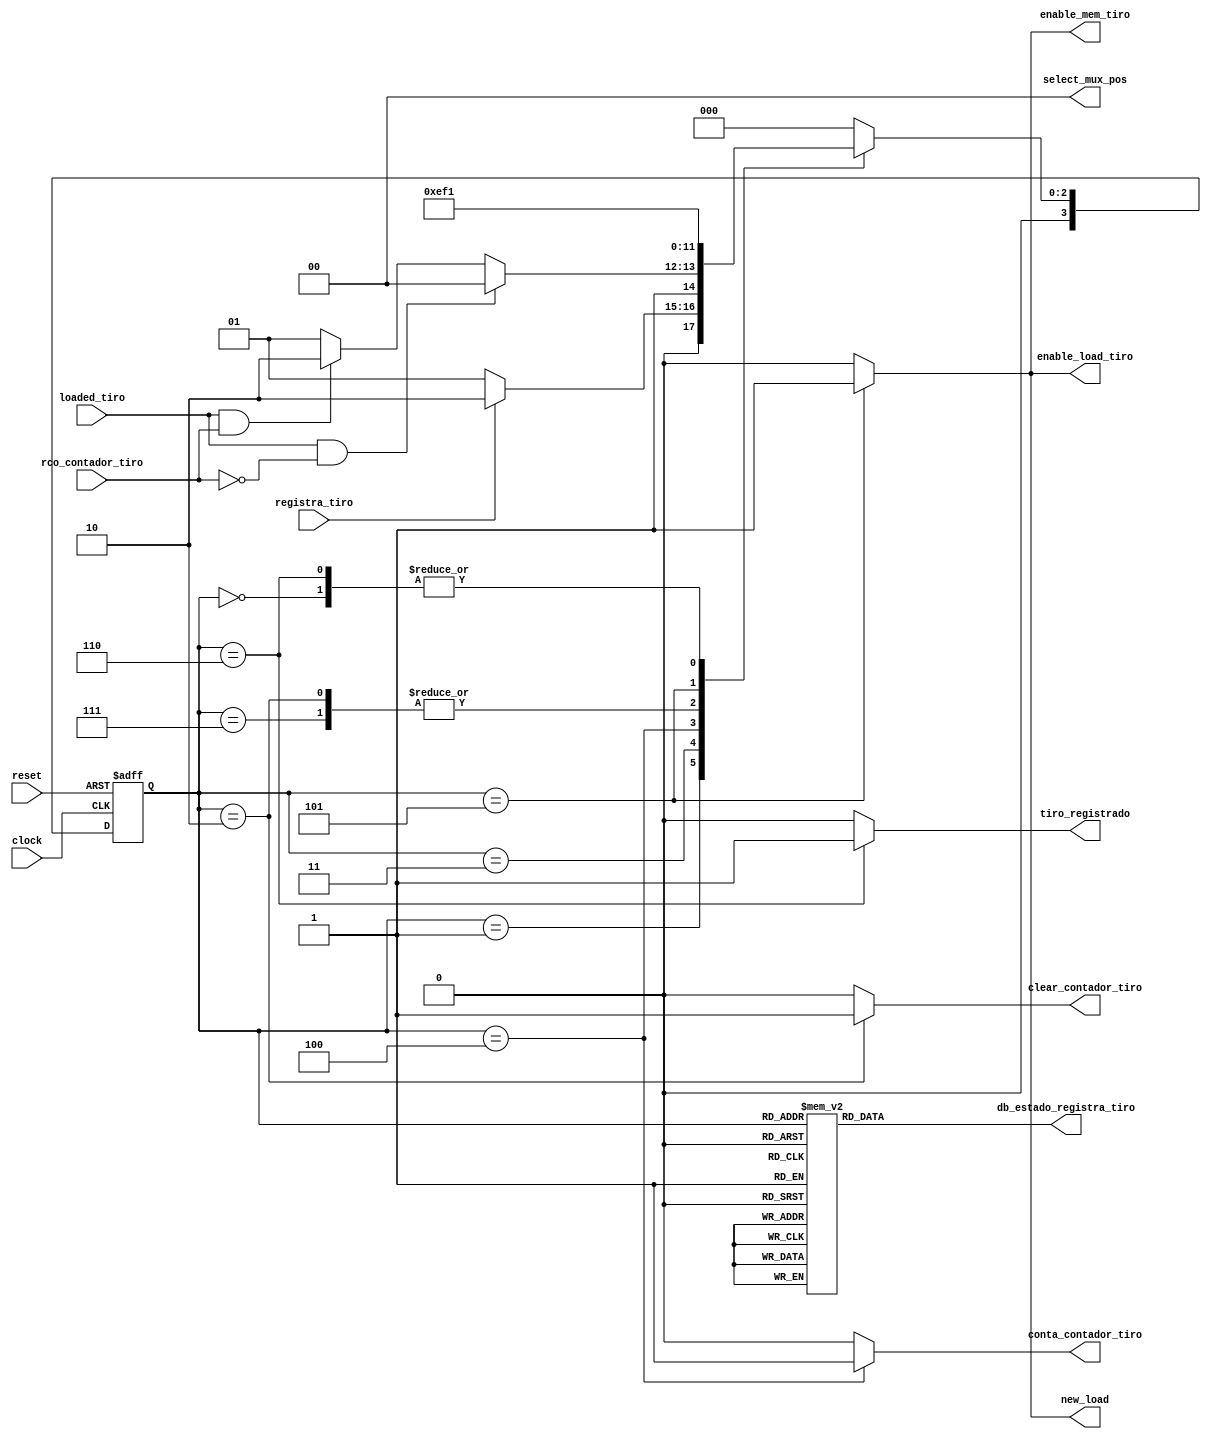
/*
* Arquivo: uc_registra_tiro.v
* Descrico: UC para registrar realizado pelo jogador. Essa unidade de controle percorre a memoria de 
* tiros e verifica se cada tiro est sendo renderizado, caso o tiro no esteja renderizado,  realizado 
* o salvamento do tiro. Caso o tiro esteja renderizado,  realizado o incremento do contador de tiros.
*/
module uc_registra_tiro (
        /*input*/
        input clock                    ,
        input registra_tiro            , 
        input reset                    ,
        input loaded_tiro              ,
        input rco_contador_tiro        ,
        /*output*/
        output reg enable_mem_tiro     , 
        output reg enable_load_tiro    , 
        output reg new_load            ,
        output reg clear_contador_tiro  , 
        output reg conta_contador_tiro  ,
        output reg [1:0] select_mux_pos , 
        output reg tiro_registrado      , 
        output reg [3:0] db_estado_registra_tiro
);

        /* declarao dos estados dessa UC */
        parameter inicial                  = 4'b0000; // 0
        parameter espera                   = 4'b0001; // 1
        parameter zera_contador            = 4'b0010; // 2
        parameter verifica                 = 4'b0011; // 3
        parameter incrementa_contador_tiro = 4'b0100; // 4
        parameter salva_tiro               = 4'b0101; // 5
        parameter sinaliza                 = 4'b0110; // 6
        parameter aux                      = 4'b0111; // 7 - estado auxiliar para compensar o atraso da leitura da memoria
        parameter erro                     = 4'b1111; // F


        // Variveis de estado
        reg [3:0] estado_atual, proximo_estado;

        // Memria de estado
        always @(posedge clock or posedge reset) begin
                if (reset)
                        estado_atual <= inicial;
                else
                        estado_atual <= proximo_estado;
        end

        // mudana de estados
        always @* begin
        case (estado_atual)
                inicial:                  proximo_estado = espera;
                espera:                   proximo_estado = registra_tiro ? zera_contador : espera;
                zera_contador:            proximo_estado = verifica;
                verifica:                 proximo_estado = (loaded_tiro && ~rco_contador_tiro) ? incrementa_contador_tiro : 
                                                           (loaded_tiro && rco_contador_tiro)  ? sinaliza   : salva_tiro;
                incrementa_contador_tiro: proximo_estado = aux;
                aux:                      proximo_estado = verifica;
                salva_tiro:               proximo_estado = sinaliza;
                sinaliza:                 proximo_estado = espera;
                default:                  proximo_estado = inicial;
        endcase
    end

    // Lgica de sada (maquina Moore)
    always @* begin
        clear_contador_tiro = (estado_atual == zera_contador) ? 1'b1 : 1'b0;
        new_load            = (estado_atual == salva_tiro)    ? 1'b1 : 1'b0;
        enable_mem_tiro     = (estado_atual == salva_tiro)    ? 1'b1 : 1'b0;
        enable_load_tiro    = (estado_atual == salva_tiro)    ? 1'b1 : 1'b0;
        tiro_registrado     = (estado_atual == sinaliza)      ? 1'b1 : 1'b0;
        select_mux_pos      = (estado_atual == salva_tiro)    ? 2'b00 : 2'b00;   
        conta_contador_tiro = (estado_atual == incrementa_contador_tiro) ? 1'b1 : 1'b0;

        // Sada de depurao (estado)
        case (estado_atual)
            inicial:                  db_estado_registra_tiro = 4'b0000; // 0
            espera:                   db_estado_registra_tiro = 4'b0001; // 1
            zera_contador:            db_estado_registra_tiro = 4'b0010; // 2
            verifica:                 db_estado_registra_tiro = 4'b0011; // 3
            incrementa_contador_tiro: db_estado_registra_tiro = 4'b0100; // 4
            salva_tiro:               db_estado_registra_tiro = 4'b0101; // 5
            sinaliza:                 db_estado_registra_tiro = 4'b0110; // 6                    
            aux:                      db_estado_registra_tiro = 4'b0111; // 7
            erro:                     db_estado_registra_tiro = 4'b1111; // F
            default:                  db_estado_registra_tiro = 4'b0000;
        endcase
    end
endmodule